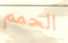
الحمم